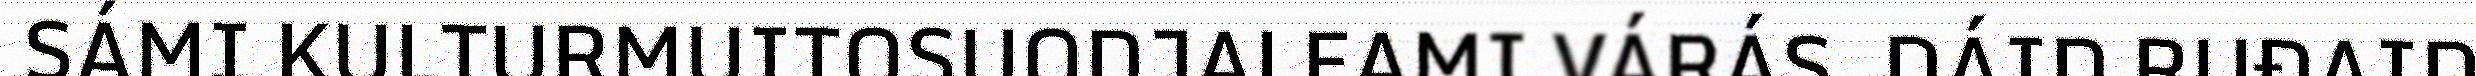
SÁMI KULTURMUITOSUODJALEAMI VÁRÁS. DÁID RUĐAID